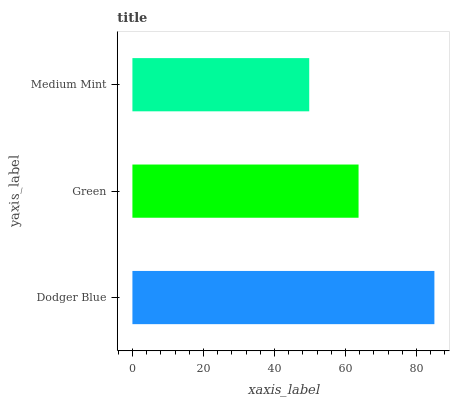
| yaxis_label | bars |
 | --- | --- |
 | Dodger Blue | 85 |
 | Green | 63.7 |
 | Medium Mint | 49.8 |